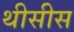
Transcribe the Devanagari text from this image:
थीसीस